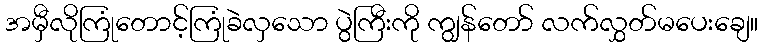
အမှီလိုကြုံတောင့်ကြုံခဲလှသော ပွဲကြီးကို ကျွန်တော် လက်လွှတ်မပေးချေ။